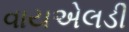
વાયએલડી